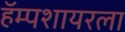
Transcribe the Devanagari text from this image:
हॅम्पशायरला